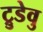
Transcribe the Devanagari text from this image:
ट्रुडेवु